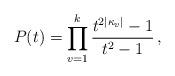
LaTeX: \begin{align*}P(t) = \prod_{v=1}^k \frac{t^{2 |\kappa_v|}-1}{t^2-1} \, ,\end{align*}